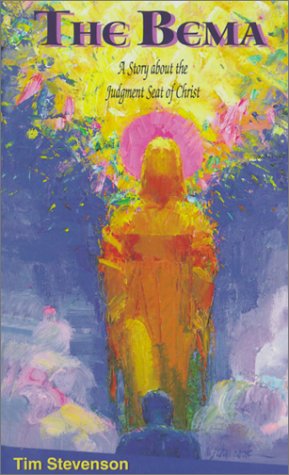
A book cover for The Bema: A Story About The Judgment Seat Of Christ; Tim Stevenson; Christian Books & Bibles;